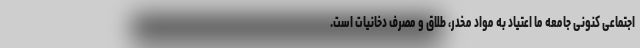
اجتماعی کنونی جامعه ما اعتیاد به مواد مخدر، طلاق و مصرف دخانیات است.